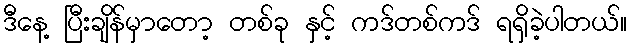
ဒီနေ့ ပြီးချိန်မှာတော့ တစ်ခု နှင့် ကဒ်တစ်ကဒ် ရရှိခဲ့ပါတယ်။